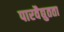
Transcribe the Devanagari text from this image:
पारवैद्युतता